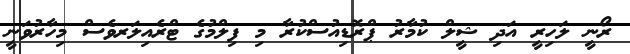
ރޯނީ ލަހިރީ އަދި ޝީލް ކުމާރު ޕްރޮޑިއުސްކުރާ މި ފިލްމުގެ ޓްރެއިލަރވެސް މިހާރުވަނީ